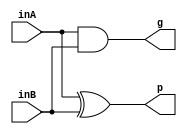
module pg_generator(inA, inB, g, p
	);
	
	parameter bits = 32;
	// Assiging ports as in/out
	input [(bits-1):0] inA, inB;
	output [(bits-1):0] g, p;

	assign g = inA&inB;
	assign p = inA^inB;

endmodule